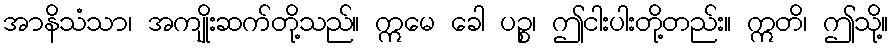
အာနိသံသာ၊ အကျိုးဆက်တို့သည်။ ဣမေ ခေါ ပဉ္စ၊ ဤငါးပါးတို့တည်း။ ဣတိ၊ ဤသို့။